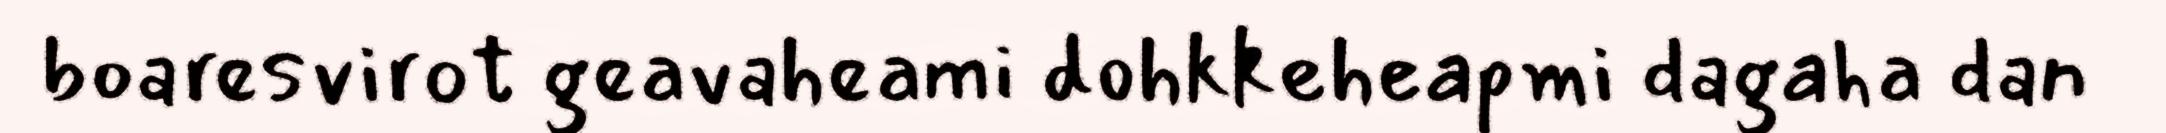
boaresvirot geavaheami dohkkeheapmi dagaha dan